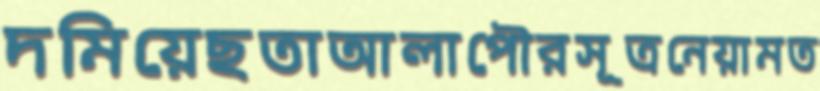
দমিয়েছতাআলাপৌরসূত্রনেয়ামত